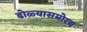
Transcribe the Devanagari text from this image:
डोळ्यासमोरच